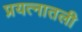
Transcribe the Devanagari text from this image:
प्रयत्नातली